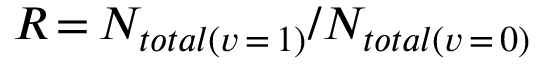
R \, { = } \, N _ { t o t a l ( v \, { = } \, 1 ) } / N _ { t o t a l ( v \, { = } \, 0 ) }